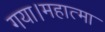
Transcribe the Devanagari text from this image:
गया।महात्मा